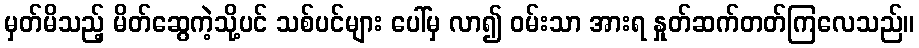
မှတ်မိသည့် မိတ်ဆွေကဲ့သို့ပင် သစ်ပင်များ ပေါ်မှ လာ၍ ဝမ်းသာ အားရ နှုတ်ဆက်တတ်ကြလေသည်။